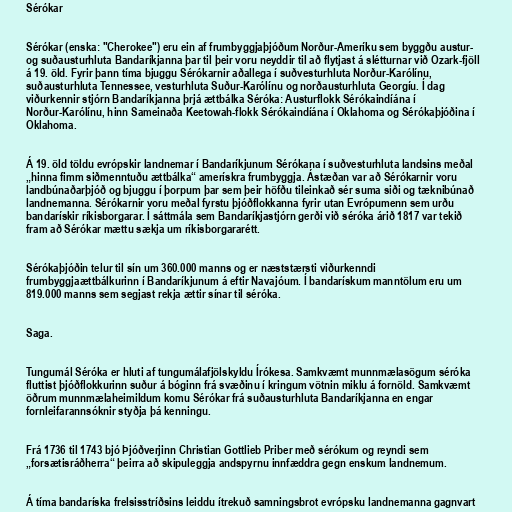
Sérókar

Sérókar (enska: "Cherokee") eru ein af frumbyggjaþjóðum Norður-Ameríku sem byggðu austur-
og suðausturhluta Bandaríkjanna þar til þeir voru neyddir til að flytjast á slétturnar við Ozark-fjöll
á 19. öld. Fyrir þann tíma bjuggu Sérókarnir aðallega í suðvesturhluta Norður-Karólínu,
suðausturhluta Tennessee, vesturhluta Suður-Karólínu og norðausturhluta Georgíu. Í dag
viðurkennir stjórn Bandaríkjanna þrjá ættbálka Séróka: Austurflokk Sérókaindíána í
Norður-Karólínu, hinn Sameinaða Keetowah-flokk Sérókaindíána í Oklahoma og Sérókaþjóðina í
Oklahoma.

Á 19. öld töldu evrópskir landnemar í Bandaríkjunum Sérókana í suðvesturhluta landsins meðal
„hinna fimm siðmenntuðu ættbálka“ amerískra frumbyggja. Ástæðan var að Sérókarnir voru
landbúnaðarþjóð og bjuggu í þorpum þar sem þeir höfðu tileinkað sér suma siði og tæknibúnað
landnemanna. Sérókarnir voru meðal fyrstu þjóðflokkanna fyrir utan Evrópumenn sem urðu
bandarískir ríkisborgarar. Í sáttmála sem Bandaríkjastjórn gerði við séróka árið 1817 var tekið
fram að Sérókar mættu sækja um ríkisborgararétt.

Sérókaþjóðin telur til sín um 360.000 manns og er næststærsti viðurkenndi
frumbyggjaættbálkurinn í Bandaríkjunum á eftir Navajóum. Í bandarískum manntölum eru um
819.000 manns sem segjast rekja ættir sínar til séróka.

Saga.

Tungumál Séróka er hluti af tungumálafjölskyldu Írókesa. Samkvæmt munnmælasögum séróka
fluttist þjóðflokkurinn suður á bóginn frá svæðinu í kringum vötnin miklu á fornöld. Samkvæmt
öðrum munnmælaheimildum komu Sérókar frá suðausturhluta Bandaríkjanna en engar
fornleifarannsóknir styðja þá kenningu.

Frá 1736 til 1743 bjó Þjóðverjinn Christian Gottlieb Priber með sérókum og reyndi sem
„forsætisráðherra“ þeirra að skipuleggja andspyrnu innfæddra gegn enskum landnemum.

Á tíma bandaríska frelsisstríðsins leiddu ítrekuð samningsbrot evrópsku landnemanna gagnvart